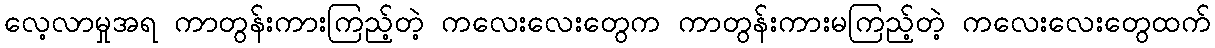
လေ့လာမှုအရ ကာတွန်းကားကြည့်တဲ့ ကလေးလေးတွေက ကာတွန်းကားမကြည့်တဲ့ ကလေးလေးတွေထက်